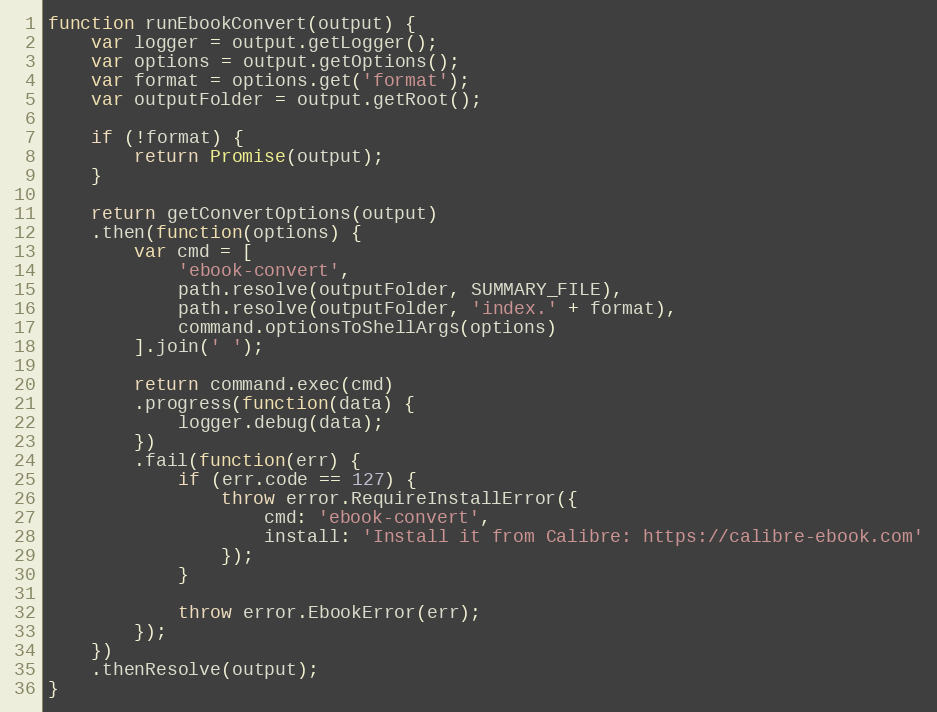
Language: JavaScript
function runEbookConvert(output) {
    var logger = output.getLogger();
    var options = output.getOptions();
    var format = options.get('format');
    var outputFolder = output.getRoot();

    if (!format) {
        return Promise(output);
    }

    return getConvertOptions(output)
    .then(function(options) {
        var cmd = [
            'ebook-convert',
            path.resolve(outputFolder, SUMMARY_FILE),
            path.resolve(outputFolder, 'index.' + format),
            command.optionsToShellArgs(options)
        ].join(' ');

        return command.exec(cmd)
        .progress(function(data) {
            logger.debug(data);
        })
        .fail(function(err) {
            if (err.code == 127) {
                throw error.RequireInstallError({
                    cmd: 'ebook-convert',
                    install: 'Install it from Calibre: https://calibre-ebook.com'
                });
            }

            throw error.EbookError(err);
        });
    })
    .thenResolve(output);
}